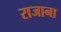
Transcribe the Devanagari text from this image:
राजाना